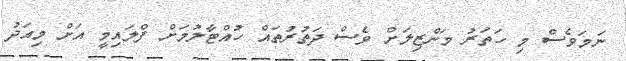
ނަމަވެސް މި ހަތަރު މަންޒިލަށް ވެސް ދަތުރުތައް ހުއްޓާލުމަށް ފްލައިމީ އަށް މިއަދު